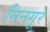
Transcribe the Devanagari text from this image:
निनगूर